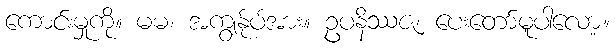
ကောင်းမှုကို။ မမ၊ အကျွန်ုပ်အား။ ဥပနိဿဇ၊ ပေးတော်မူပါလော့။